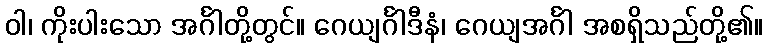
ဝါ၊ ကိုးပါးသော အင်္ဂါတို့တွင်။ ဂေယျင်္ဂါဒီနံ၊ ဂေယျအင်္ဂါ အစရှိသည်တို့၏။